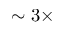
\sim 3 \times